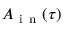
A _ { \mathrm { ~ i ~ n ~ } } ( \tau )